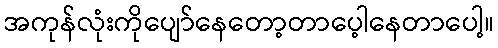
အကုန်လုံးကိုပျော်နေတော့တာပေ့ါနေတာပေါ့။